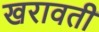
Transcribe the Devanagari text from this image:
खरावती